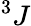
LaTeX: ^3J